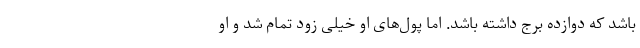
باشد که دوازده برج داشته باشد. اما پول‌های او خیلی زود تمام شد و او